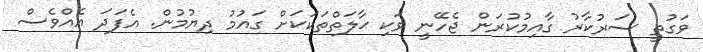
ވަގުތީ ސަރުކާރު ގާއިމުކުރަން ޖެހޭނީ ވަކި ޙާލަތްތަކަކަށް ގައުމު ދިޔުމުން. އެފަދަ އެއްވެސް